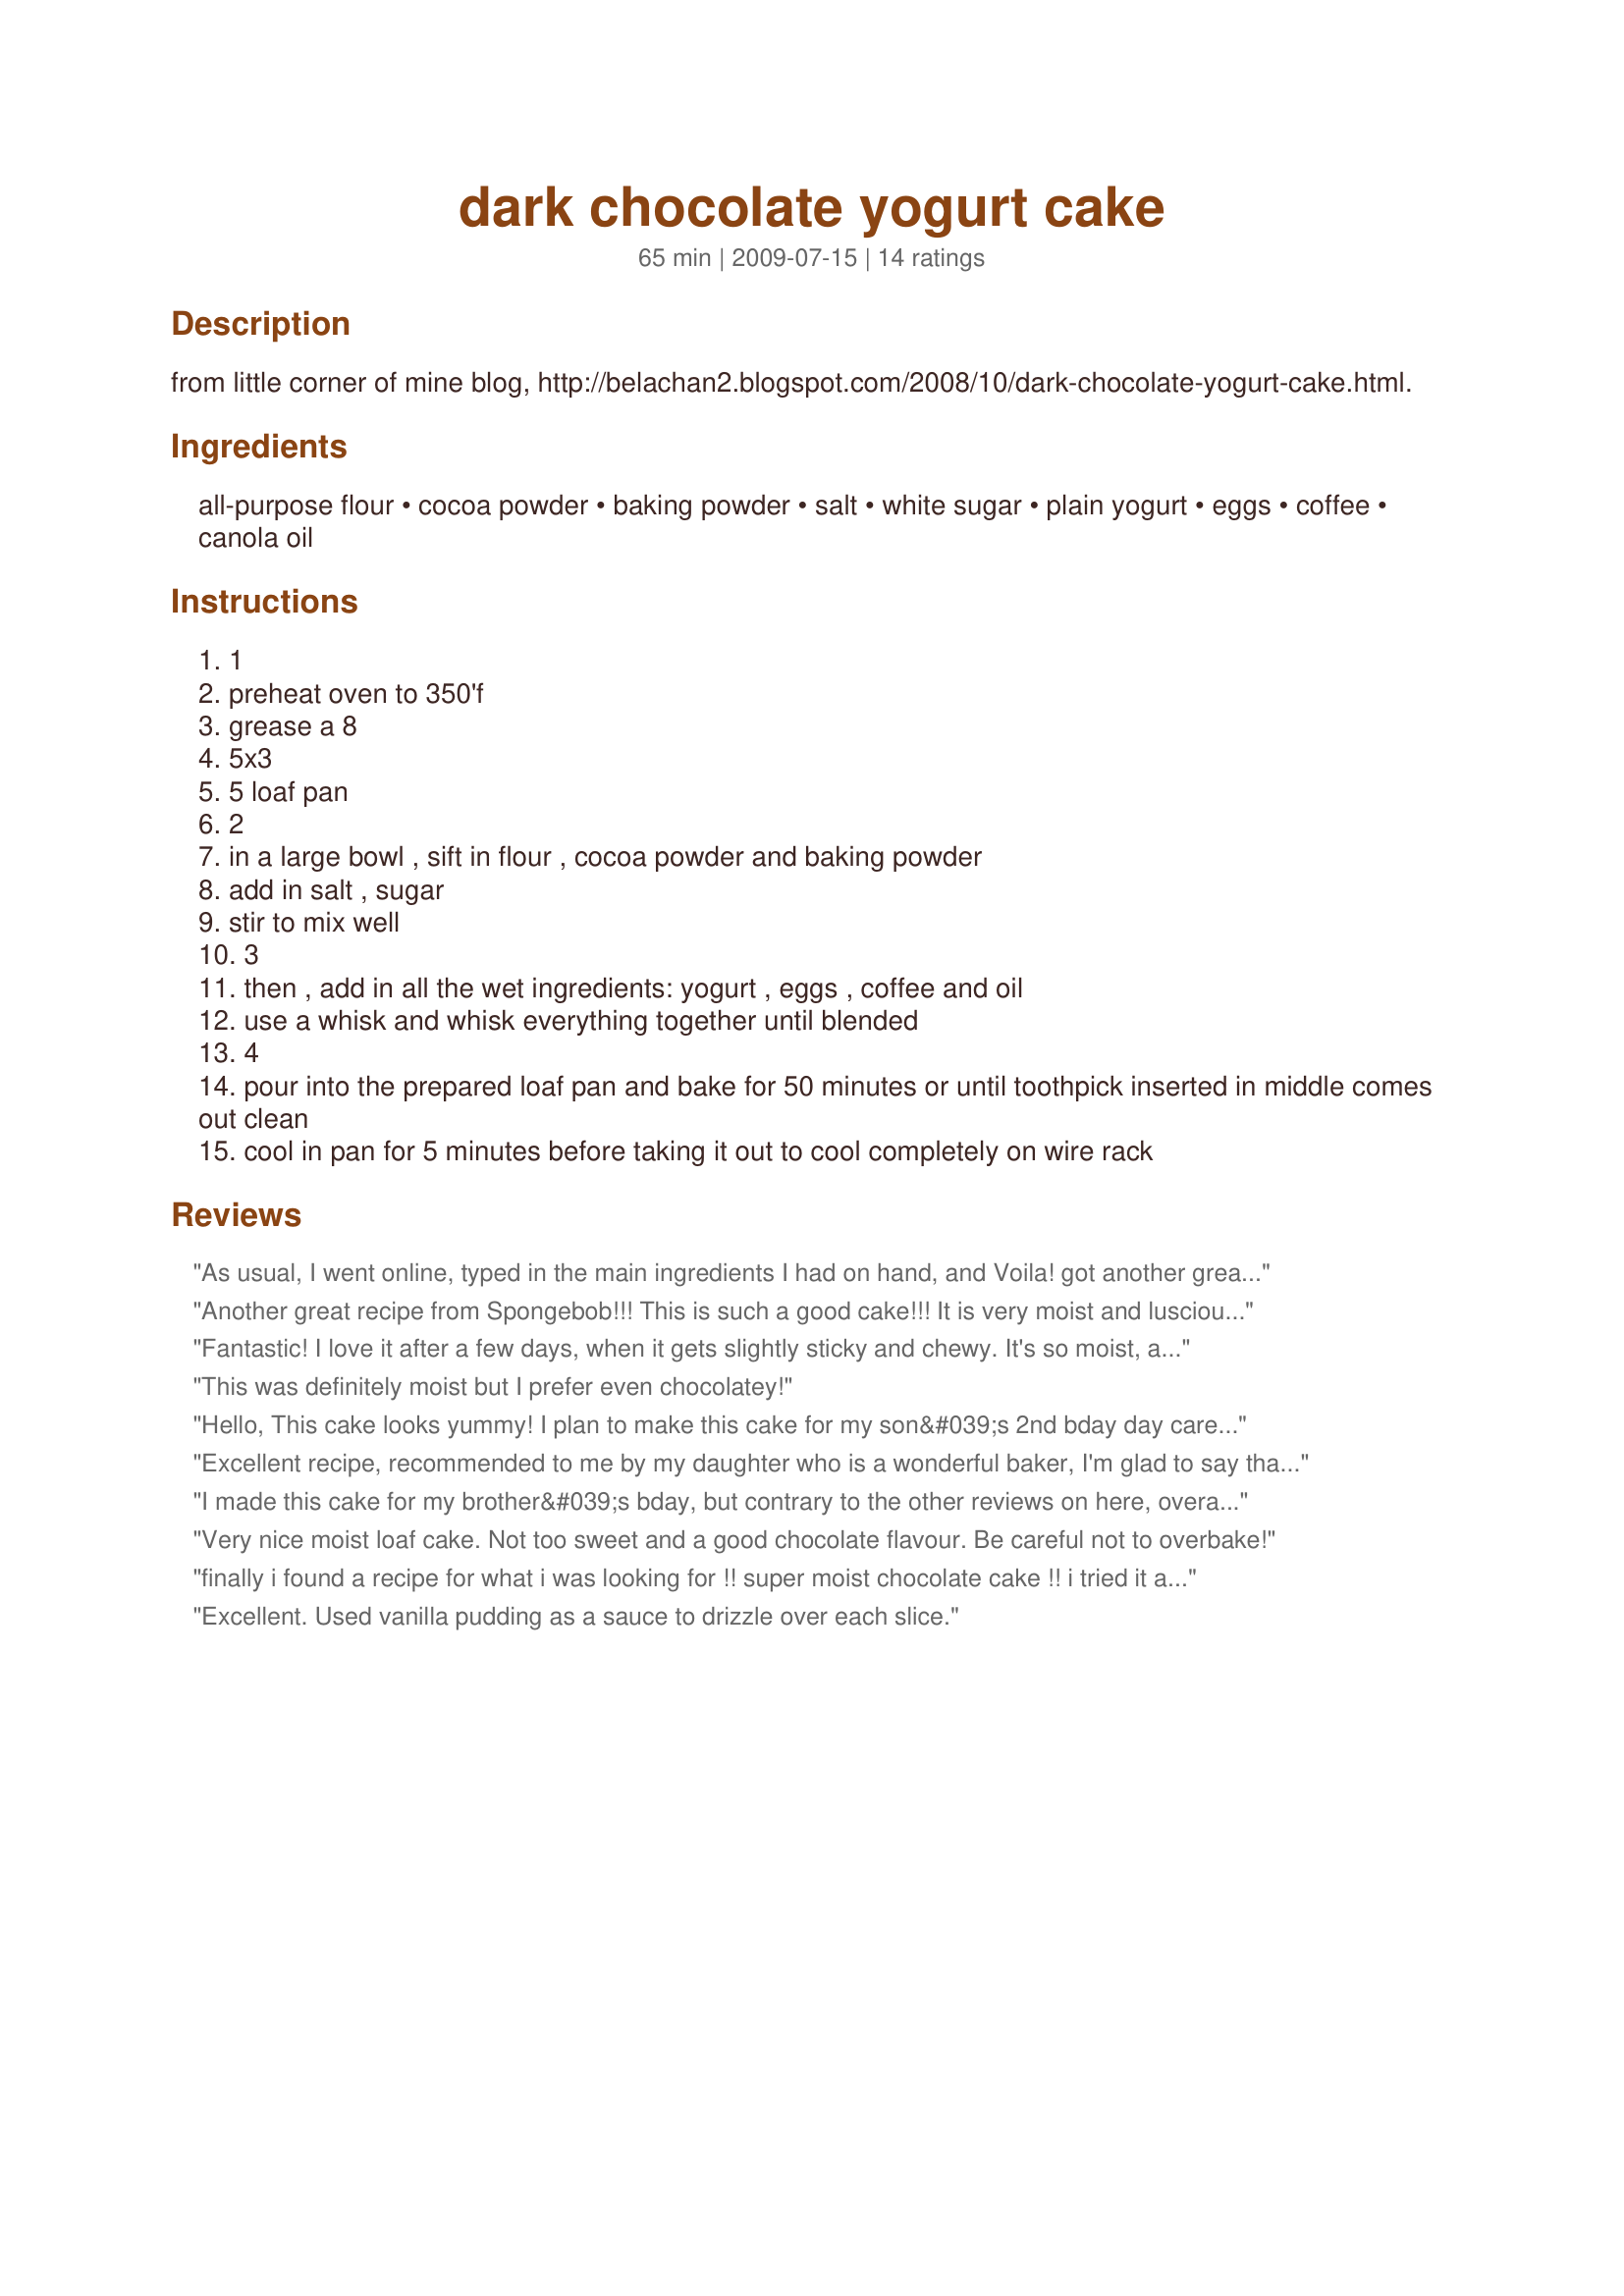
dark chocolate yogurt cake
Preparation time: 65 minutes

from little corner of mine blog, http://belachan2.blogspot.com/2008/10/dark-chocolate-yogurt-cake.html.

Ingredients:
all-purpose flour, cocoa powder, baking powder, salt, white sugar, plain yogurt, eggs, coffee, canola oil

Steps:
1
preheat oven to 350'f
grease a 8
5x3
5 loaf pan
2
in a large bowl , sift in flour , cocoa powder and baking powder
add in salt , sugar
stir to mix well
3
then , add in all the wet ingredients: yogurt , eggs , coffee and oil
use a whisk and whisk everything together until blended
4
pour into the prepared loaf pan and bake for 50 minutes or until toothpick inserted in middle comes out clean
cool in pan for 5 minutes before taking it out to cool completely on wire rack

Reviews:
As usual, I went online, typed in the main ingredients I had on hand, and Voila! got another great recipe. The cake was moist, not too sweet, and a big hit. It was for company, so I spooned canned cherries (like for a pie) and fresh whipped cream over individual slices. I'm also at a high altitude, so I used less sugar, more liquid, less baking powder, cooked at a higher temp, and for a shorter time. I definitely am making this again, as a matter of fact, it's in the oven right now!
Another great recipe from Spongebob!!! This is such a good cake!!! It is very moist and luscious!! I love that it has less guilt using the yogurt and canola instead of butter. I used some instant espresso powder that I mixed to make a cup of coffee and put the TBSP for the cake, it gave the chocolate wonderful depth of flavor!! Loved this recipe, thanks for posting!!
Fantastic! I love it after a few days, when it gets slightly sticky and chewy. It's so moist, and really delicious. I substituted applesauce for the oil, and used a tablespoon of instant coffee granules. This is perfect.
This was definitely moist but I prefer even chocolatey!
Hello,

This cake looks yummy!

I plan to make this cake for my son&#039;s 2nd bday day care celebration. Will be using Natural unsweetened cocoa(trying to use up what i have). Can you pls advise what size of the cake pan should i use . There are total of 10 kids and i plan to cut the cake in butterfly shape.Also, i will be be baking it tonight so let me know if i should refrigerate it overnight or can it sit out in the kitchen for a night. I am baking a cake after almost 10 yrs hence a little nervous.
Excellent recipe, recommended to me by my daughter who is a wonderful baker, I'm glad to say that my results were also excellent, and I'm not such a good baker, so its clearly a really good recipe!!! We both chose to make muffins rather than cake, I got 12 cupcake - sized muffins out of this recipe, I baked them for approx 25 minutes. They were declared excellent in texture and taste by DH, who is an expert taster :) Thank you Spongebob!!!
I made this cake for my brother&#039;s bday, but contrary to the other reviews on here, overall I did not like it. Maybe I did something wrong, but as far as I know I followed the recipe to a tee, except I added crushed walnuts for texture. I did appreciated that it was not too sweet, which allowed the cocoa to come through without being overpowered by sweetness, but I found the cake was really heavy and dense, which is why I wouldn&#039;t use this recipe again. I prefer my cakes to be lighter and fluffier.
Very nice moist loaf cake. Not too sweet and a good chocolate flavour. Be careful not to overbake!
finally i found a recipe for what i was looking for !! super moist chocolate cake !! i tried it and it was so good !! i will always use this recipe !! thanks :)
Excellent. Used vanilla pudding as a sauce to drizzle over each slice.
Great cake! Made with plain Greek yogurt so gave it a little bit of a tangy taste. Was moist and rich tasting. Served with whipped cream and a drizzle of chocolate syrup. Made for 2012 Spring PAC.
Good! Very chocolatey! I used chocolate Greek yogurt (that I was trying to use up) and regular process Penzey's cocoa, no other changes. Next time I'll start checking at 40 minutes. Thanks for sharing the recipe!
This is a moist delicious cake, I made as directed using dark cocoa. I will make this again , thanks for sharing this great and easy recipe.
I loved it! I just followed the recipe and was perfect!
